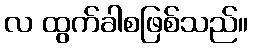
လ ထွက်ခါစဖြစ်သည်။